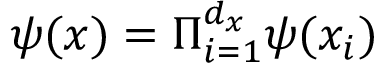
\psi ( { \boldsymbol { x } } ) = \Pi _ { i = 1 } ^ { d _ { x } } \psi ( x _ { i } )